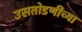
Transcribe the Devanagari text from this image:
उसतोडणीच्या